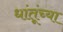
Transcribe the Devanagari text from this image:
धांतूंच्या